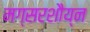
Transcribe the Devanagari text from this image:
मग्सरशौय्न